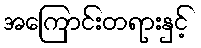
အကြောင်းတရားနှင့်